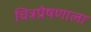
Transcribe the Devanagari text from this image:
चित्रप्रेषणाला